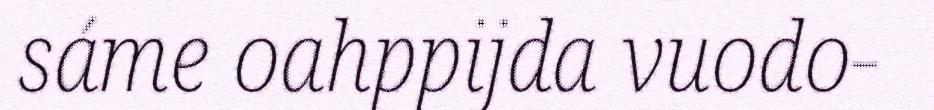
sáme oahppijda vuodo-